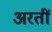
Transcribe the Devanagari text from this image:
अरतीं